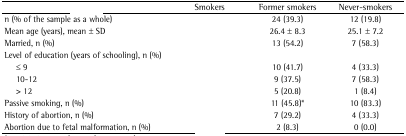
<table><thead><tr><td>[EMPTY_CELL]</td><td><b>Smokers</b></td><td><b>Former smokers</b></td><td><b>Never-smokers</b></td></tr></thead><tbody><tr><td>n (% of the sample as a whole)</td><td>[EMPTY_CELL]</td><td>24 (39.3)</td><td>12 (19.8)</td></tr><tr><td>Mean age (years), mean ± SD</td><td>[EMPTY_CELL]</td><td>26.4 ± 8.3</td><td>25.1 ± 7.2</td></tr><tr><td>Married, n (%)</td><td>[EMPTY_CELL]</td><td>13 (54.2)</td><td>7 (58.3)</td></tr><tr><td>Level of education (years of schooling), n (%)</td><td>[EMPTY_CELL]</td><td>[EMPTY_CELL]</td><td>[EMPTY_CELL]</td></tr><tr><td>≤ 9</td><td>[EMPTY_CELL]</td><td>10 (41.7)</td><td>4 (33.3)</td></tr><tr><td>10-12</td><td>[EMPTY_CELL]</td><td>9 (37.5)</td><td>7 (58.3)</td></tr><tr><td>&gt; 12</td><td>[EMPTY_CELL]</td><td>5 (20.8)</td><td>1 (8.4)</td></tr><tr><td>Passive smoking, n (%)</td><td>[EMPTY_CELL]</td><td>11 (45.8)*</td><td>10 (83.3)</td></tr><tr><td>History of abortion, n (%)</td><td>[EMPTY_CELL]</td><td>7 (29.2)</td><td>4 (33.3)</td></tr><tr><td>Abortion due to fetal malformation, n (%)</td><td>[EMPTY_CELL]</td><td>2 (8.3)</td><td>0 (0.0)</td></tr></tbody></table>